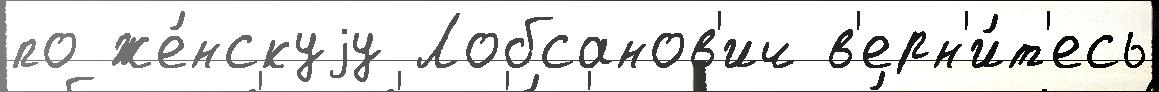
по же́нскуjу Лобсанов'ич в'ерн'и́т'есь